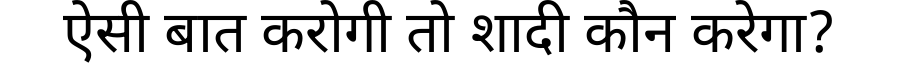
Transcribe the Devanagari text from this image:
ऐसी बात करोगी तो शादी कौन करेगा?